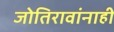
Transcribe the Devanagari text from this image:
जोतिरावांनाही